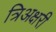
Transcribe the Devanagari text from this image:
त्रिअक्षरी